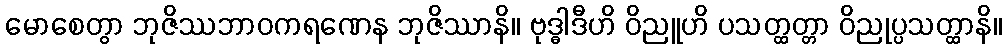
မောစေတွာ ဘုဇိဿဘာဝကရဏေန ဘုဇိဿာနိ။ ဗုဒ္ဓါဒီဟိ ဝိညူဟိ ပသတ္ထတ္တာ ဝိညုပ္ပသတ္ထာနိ။